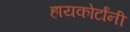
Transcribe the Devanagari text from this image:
हायकोर्टांनी